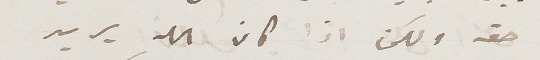
حق ولكن اذا كان الله يريد